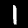
Digit: 1